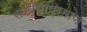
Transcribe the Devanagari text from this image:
संख्याप्रमाण